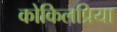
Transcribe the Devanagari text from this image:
कोकिलप्रिया